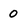
Character: 0